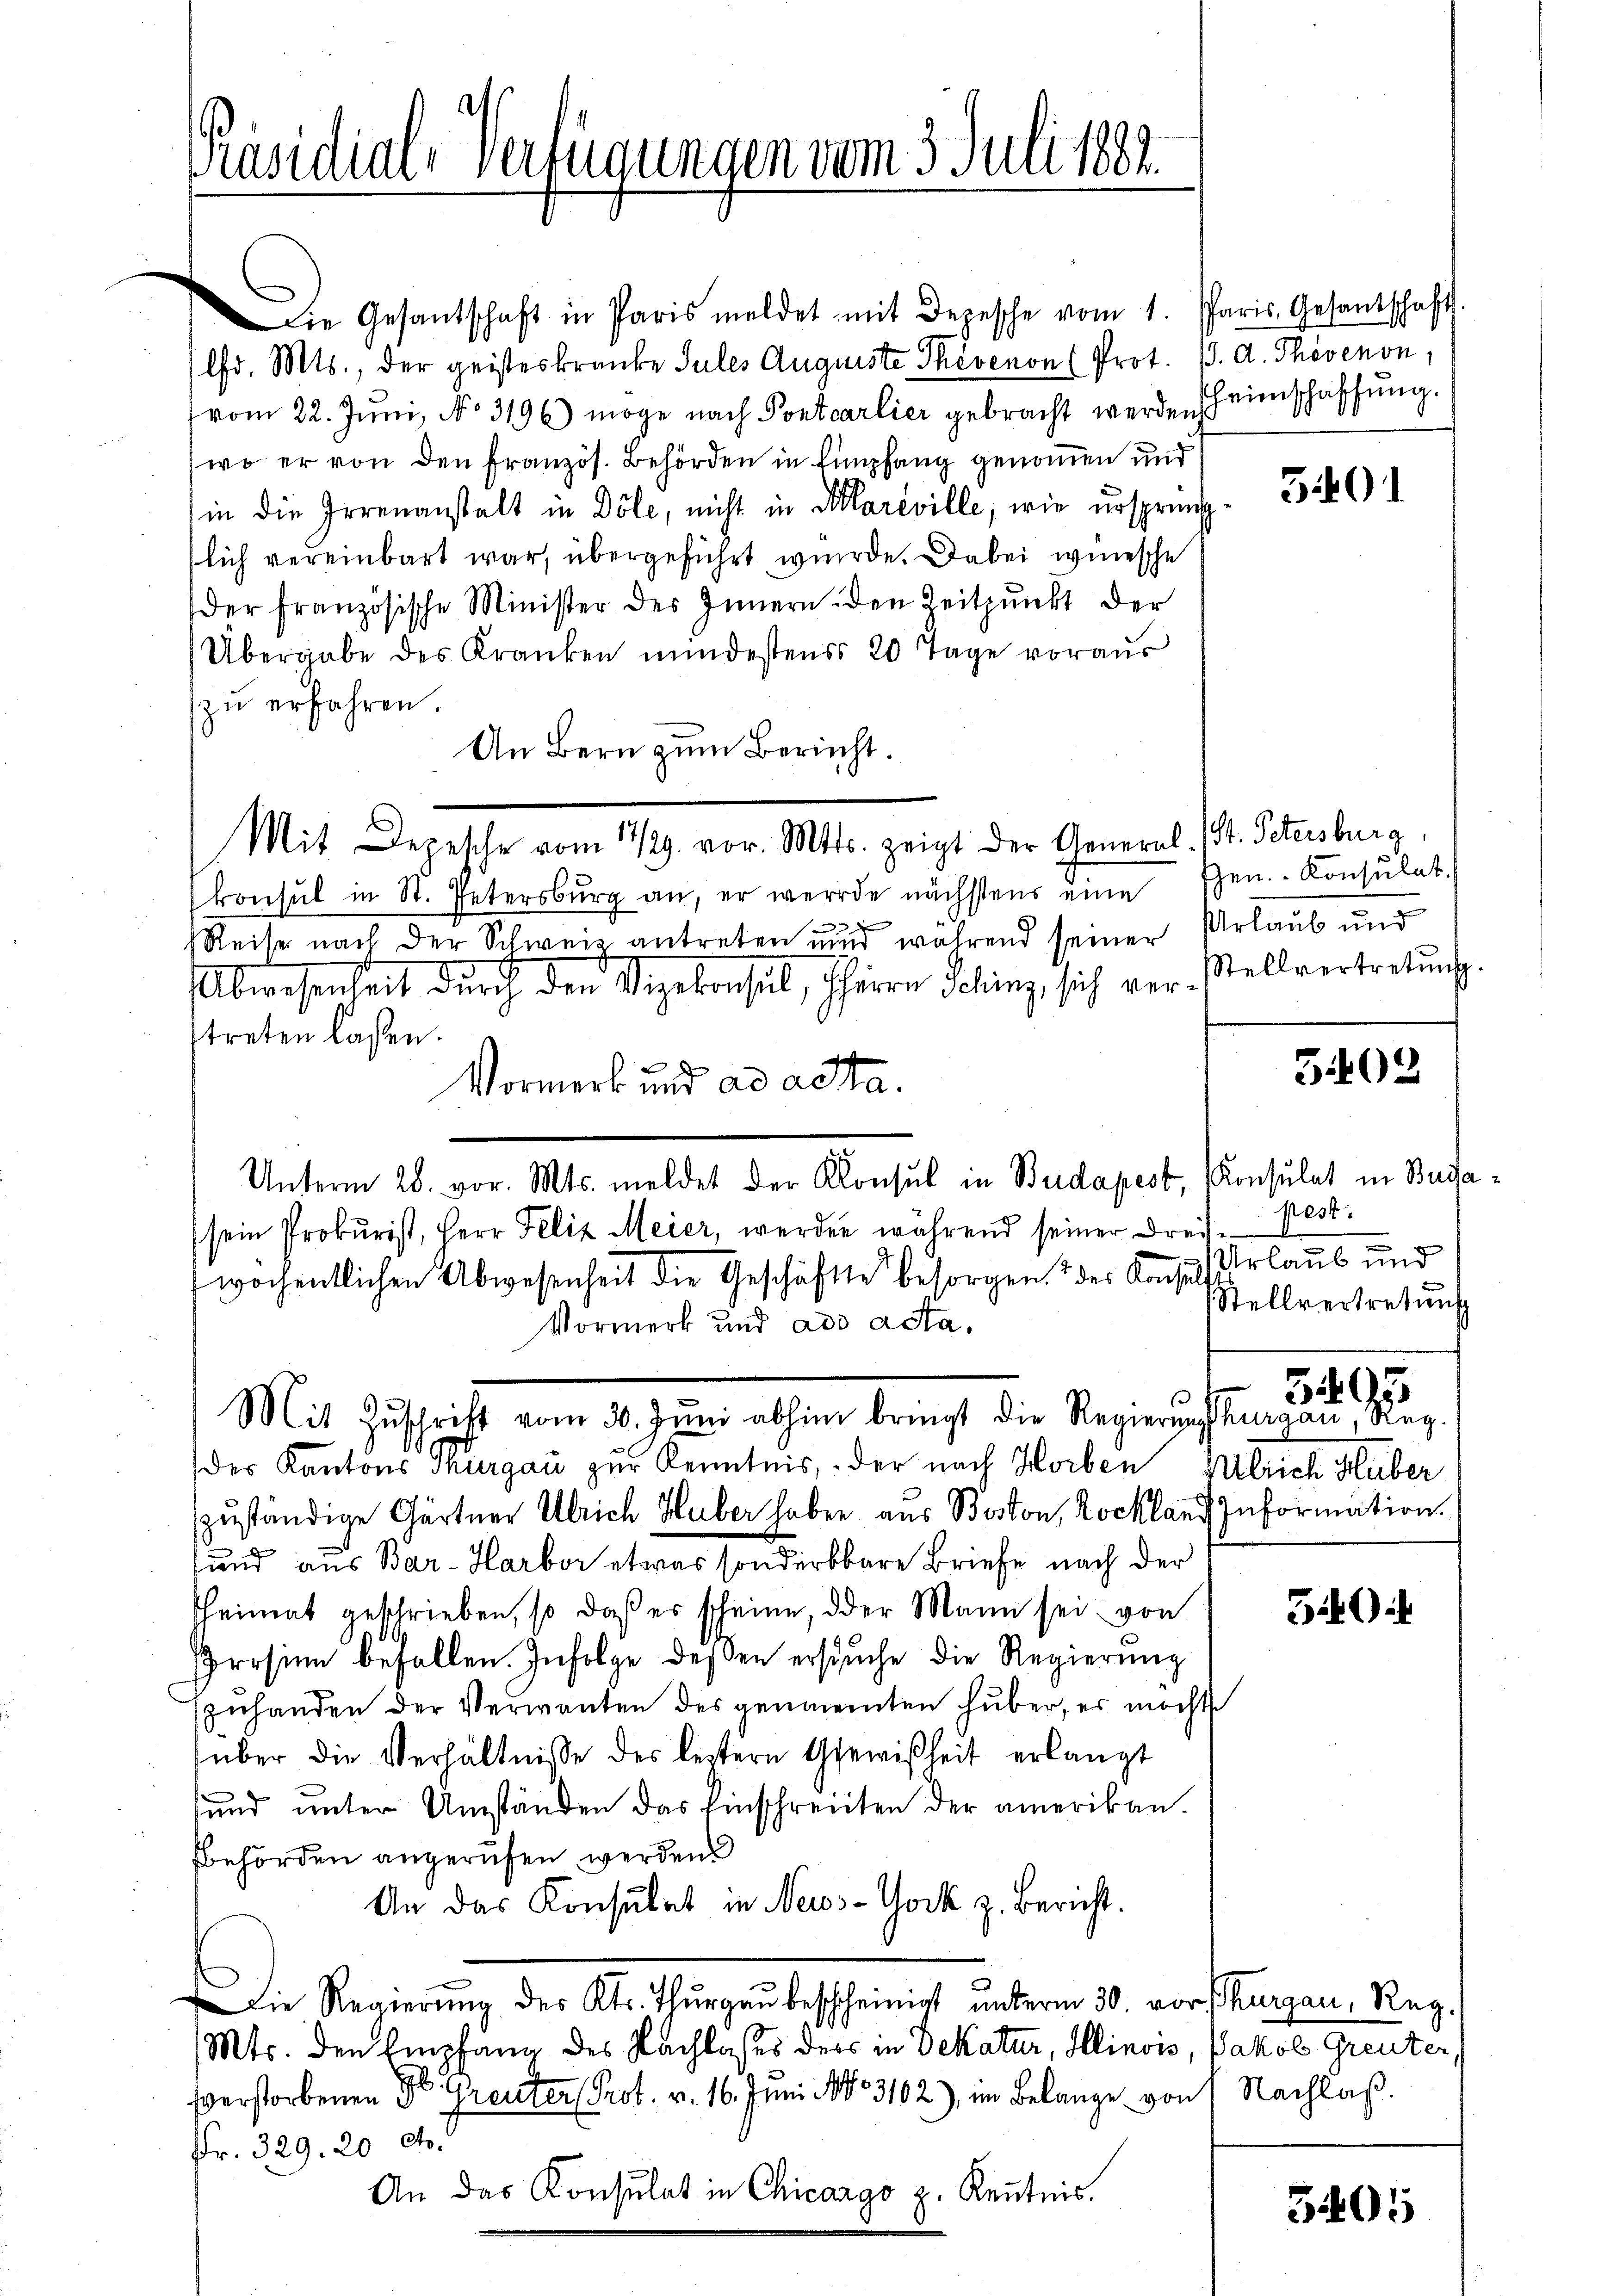
Präsidial-Verfügungen vom 3. Juli 1882.

Die Gesantschaft in Paris meldet mit Depesche vom 1. Paris, Gesantschaft.
lfd. Mts., der geisteskranke Sules Auguste Phévenon (Prot. 13. d. Thovenon,
vom 22. Juni, No 3196) möge nach Pontcarlier gebracht werden Heimschaffung.
wo er von den französ. Behörden in Empfang genommen und
in die Irrenanstalt in Döle, nicht in Mareville, wie ursprung
flich vereinbart war, übergeführt wurde. Dabei wünsche
der französische Minister des Innern den Zeitpunkt der
Übergabe des Kranken mindestens 20 Tage voraus
zŭ erfahren.
An Bern zum Bericht.
konsul in St. Petersburg an, er werde nächstens eine Ehen. Konsulat
 x
Reise nach der Schweiz antreten nur während seiner Urlaub und
Abwesenheit durch den Vizekonseil, Herrn Schinz, sich ver- Stellvertretŭngs
treten lassen.
a
Vormerk und ad acta.
Unterm 28. vor. Mts. meldet der Konsul in Budapest, Konsulat in Buda¬
(sein Prokurist, Herr Felix Meier, werden während seiner drei
wochentlichen Abwesenheit die Geschäfte besorgen der Konsuch Urlaub und
Vormerk und ad acta,
Mit Zŭschrift vom 30. Jŭni abhin bringt die Regierŭngskurgau, Reg.
des Kantons Thurgau zur Kenntnis, der nach Horben
zuständige Gärtner Ulrich Huber haben aus Boston, Rochland Information.
und aus Bar-Harbor etwas sonderbbare Briefe nach der
heimat geschrieben, so daß er scheine, der Mann sei von
Prrsinn befallen. Infolge deßen ersuche die Regierung
zuhanden der Verwanten des genomenten Huber, es möchte
über die Verhältnisse des leztere Gewißheit erlangt
sund unter Umständen das Einschreiben der amerikan.
Behörden angerufen werden
An das Konsulat in New-York z. Bericht.
Die Regierŭng des Kts. Thurgau bescheinigt unterm 30. vor Thurgau, Reg.
Mts. den Empfang des Nachlaßes ders in Dekatur, Klinois, Jakob Greuter,
sverstorbenen Dr. Greuter Prot. v. 16. Juni 1883102), im Belange von Nachlaß.
Fr. 329. 20 dto.
An das Konsulat in Chicargo z. Kenntnis.

Mit Depesche vom 11/29. vor. Mts. zeigt der General-St. Petersburg,

3401

5402

pest.
Stellvertretung

Zulrich Heiber

3495

59

3405